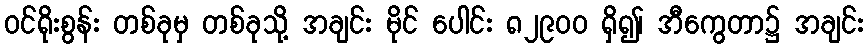
ဝင်ရိုးစွန်း တစ်ခုမှ တစ်ခုသို့ အချင်း မိုင် ပေါင်း ၈၂၉၀၀ ရှိ၍၊ အီကွေတာ၌ အချင်း